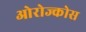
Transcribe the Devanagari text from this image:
ओरोज्कोस